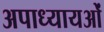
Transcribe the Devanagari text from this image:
अपाध्यायओं